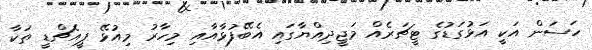
ހަސަން އަކީ އަޅުގަޑުގެ ޓީޗަރެއް މަޖީދިއްޔާގައި އެބޭފުޅާއާއި މިހާރު މިއުޅޭ ޕީއެޗްޑީ ތަކާ